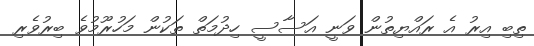
ތިބި އިރު އެ ރައްޔިތުން ވަނީ އަސާސީ ހިދުމަތް ތަކުން މަހުރޫމުވެ ބިރުވެރި